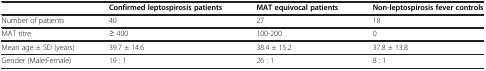
|  | Confirmed leptospirosis patients | MAT equivocal patients | Non-leptospirosis fever controls |
 | --- | --- | --- | --- |
 | Number of patients | 40 | 27 | 18 |
 | MAT titre | ≥ 400 | 100-200 | 0 |
 | Mean age ± SD (years) | 39.7 ± 14.6 | 38.4 ± 15.2 | 37.8 ± 13.8 |
 | Gender (Male:Female) | 19 : 1 | 26 : 1 | 8 : 1 |